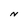
Character: N